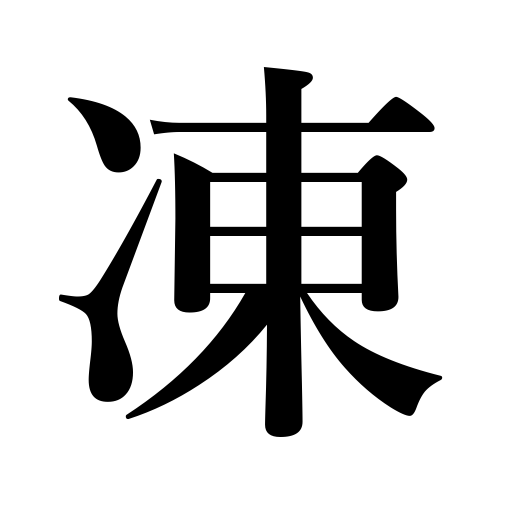
Meanings: congeal,be frozen,be frozen over,be chilled,freeze